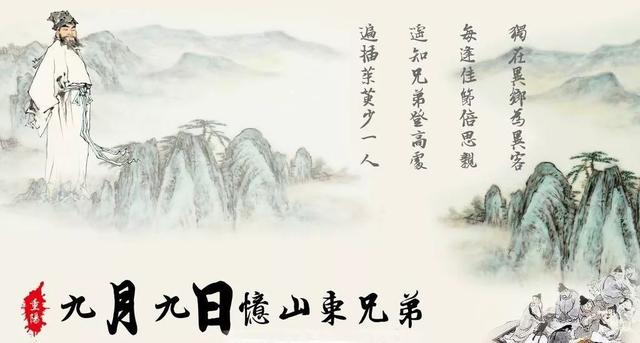
欲祭疑君在，天涯哭此时。